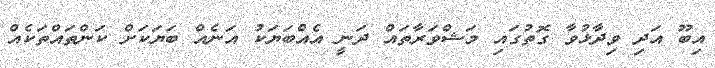
އިބޫ އަދި ވިދާޅުވާ ގޮތުގައި މަޝްވަރާތައް ދަނީ އެއްބަޔަކު އަނެއް ބަޔަކަށް ކަންތައްތަކެއް